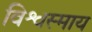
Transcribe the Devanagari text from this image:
विश्वस्माय